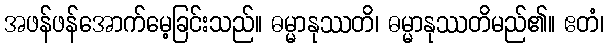
အဖန်ဖန်အောက်မေ့ခြင်းသည်။ ဓမ္မာနုဿတိ၊ ဓမ္မာနုဿတိမည်၏။ ဧတံ၊